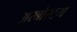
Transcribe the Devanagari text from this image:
अरबोरटम